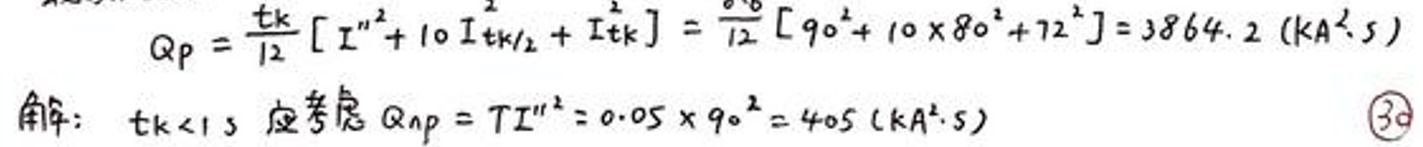
\begin{align*}
Q_p &= \frac{tk}{12}\left[I^{n^2}+10I_{tk/2}^2+I^{tk}\right]\\
&= \frac{0}{12}\left[90^2+10\times80^2+72^2\right]=3864.2\left(kA^2\cdot s\right)
\end{align*}

解：\(tk<1s\)应考虑\(Q_{np}=TI^{n^2}=0.05\times90^2=405\left(kA^2\cdot s\right)\) \(\textcircled{3a}\)